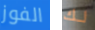
الفوز لك